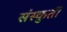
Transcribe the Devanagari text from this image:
संस्कुर्ती